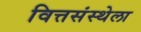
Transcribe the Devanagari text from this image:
वित्तसंस्थेला